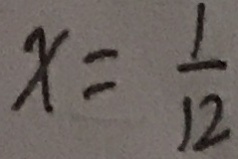
x = \frac { 1 } { 1 2 }